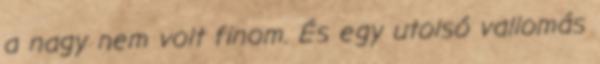
a nagy nem volt finom. És egy utolsó vallomás